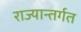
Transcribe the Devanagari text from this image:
राज्यान्तर्गत